Report of the King Institute of Preventive Medicine, Guindy
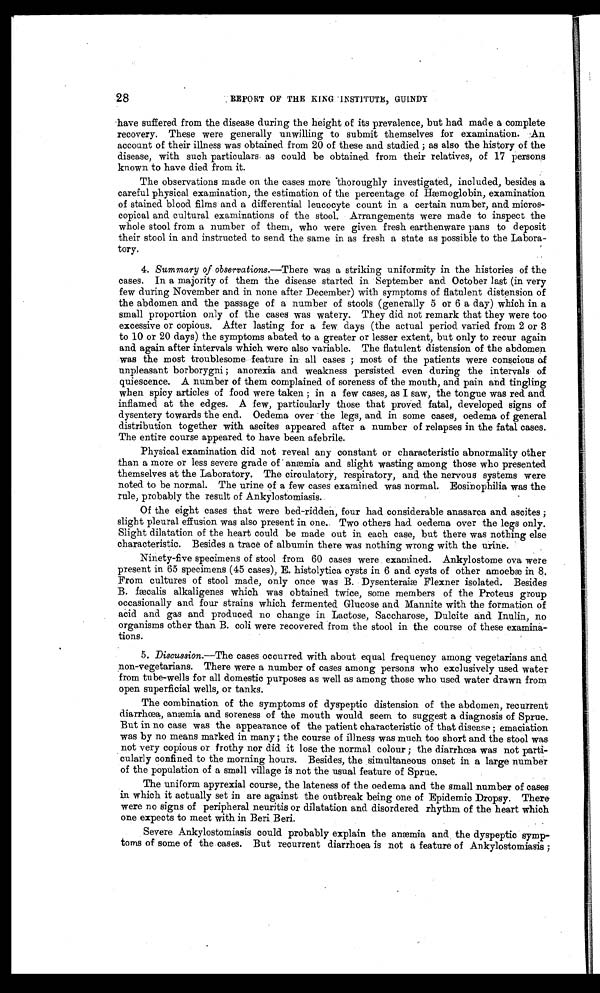
28
REPORT OF THE KING INSTITUTE, GUINDY
have suffered from the disease during the height of its prevalence, but had made a complete
recovery. These were generally unwilling to submit themselves for examination. An
account of their illness was obtained from 20 of these and studied; as also the history of the
disease, with such particulars as could be obtained from their relatives, of 17 persons
known to have died from it.
The observations made on the cases more thoroughly investigated, included, besides a
careful physical examination, the estimation of the percentage of Hæmoglobin, examination
of stained blood films and a differential leucocyte count in a certain number, and micros
-copical and cultural examinations of the stool. Arrangements were made to inspect the
whole stool from a number of them, who were given fresh earthenware pans to deposit
their stool in and instructed to send the same in as fresh a state as possible to the Labora
-tory.
4.
Summary of observations.—There was a striking uniformity in the histories of the
cases. In a majority of them the disease started in September and October last (in very
few during November and in none after December) with symptoms of flatulent distension of
the abdomen and the passage of a number of stools (generally 5 or 6 a day) which in a
small proportion only of the cases was watery. They did not remark that they were too
excessive or copious. After lasting for a few days (the actual period varied from 2 or 3
to 10 or 20 days) the symptoms abated to a greater or lesser extent, but only to recur again
and again after intervals which were also variable. The flatulent distension of the abdomen
was the most troublesome feature in all cases; most of the patients were conscious of
unpleasant borborygni; anorexia and weakness persisted even during the intervals of
quiescence. A number of them complained of soreness of the mouth, and pain and tingling
when spicy articles of food were taken; in a few cases, as I saw, the tongue was red and
inflamed at the edges. A few, particularly those that proved fatal, developed signs of
dysentery towards the end. Oedema over the legs, and in some cases, oedema of general
distribution together with ascites appeared after a number of relapses in the fatal cases.
The entire course appeared to have been afebrile.
Physical examination did not reveal any constant or characteristic abnormality other
than a more or less severe grade of anæmia and slight wasting among those who presented
themselves at the Laboratory. The circulatory, respiratory, and the nervous systems were
noted to be normal. The urine of a few cases examined was normal. Eosinophilia was the
rule, probably the result of Ankylostomiasis.
Of the eight cases that were bed-ridden, four had considerable anasarca and ascites;
slight pleural effusion was also present in one. Two others had oedema over the legs only.
Slight dilatation of the heart could be made out in each case, but there was nothing else
characteristic. Besides a trace of albumin there was nothing wrong with the urine.
Ninety-five specimens of stool from 60 cases were examined. Ankylostome ova were
present in 65 specimens (45 cases), E. histolytica cysts in 6 and cysts of other amoebæ in 8.
From cultures of stool made, only once was B. Dysenteraiæ Flexner isolated. Besides
B. fæcalis alkaligenes which was obtained twice, some members of the Proteus group
occasionally and four strains which fermented Glucose and Mannite with the formation of
acid and gas and produced no change in Lactose, Saccharose, Dulcite and Inulin, no
organisms other than B. coli were recovered from the stool in the course of these examina
-tions.
5.
Discussion.— The cases occurred with about equal frequency among vegetarians and
non-vegetarians. There were a number of cases among persons who exclusively used water
from tube-wells for all domestic purposes as well as among those who used water drawn from
open superficial wells, or tanks.
The combination of the symptoms of dyspeptic distension of the abdomen, recurrent
diarrhœa, anæmia and soreness of the mouth would seem to suggest a diagnosis of Sprue.
But in no case was the appearance of the patient characteristic of that disease; emaciation
was by no means marked in many; the course of illness was much too short and the stool was
not very copious or frothy nor did it lose the normal colour; the diarrhœa was not parti
-cularly confined to the morning hours. Besides, the simultaneous onset in a large number
of the population of a small village is not the usual feature of Sprue.
The uniform apyrexial course, the lateness of the oedema and the small number of cases
in which it actually set in are against the outbreak being one of Epidemic Dropsy. There
were no signs of peripheral neuritis or dilatation and disordered rhythm of the heart which
one expects to meet with in Beri Beri.
Severe Ankylostomiasis could probably explain the anæmia and the dyspeptic symp
-toms of some of the cases. But recurrent diarrhoea is not a feature of Ankylostomiasis;